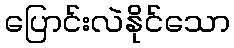
ပြောင်းလဲနိုင်သော